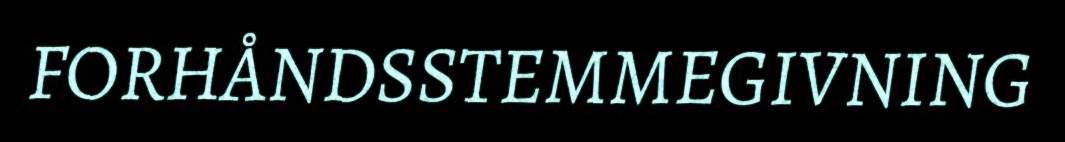
FORHÅNDSSTEMMEGIVNING